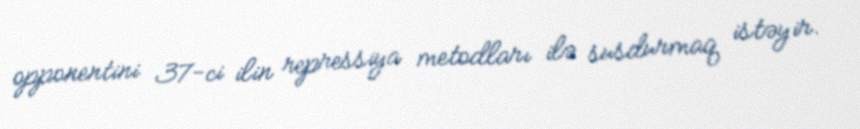
opponentini 37-ci ilin repressiya metodları ilə susdurmaq istəyir.